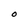
Character: O